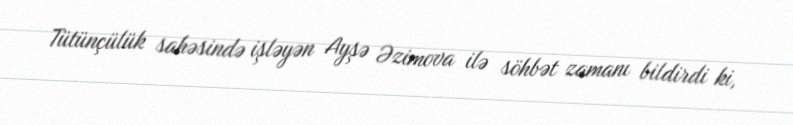
Tütünçülük sahəsində işləyən Ayşə Əzimova ilə söhbət zamanı bildirdi ki,